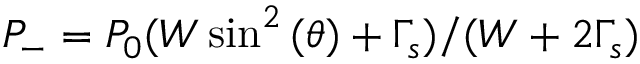
P _ { - } = P _ { 0 } ( W \sin ^ { 2 } { ( \theta ) } + \Gamma _ { s } ) / ( W + 2 \Gamma _ { s } )